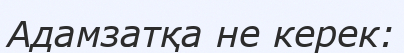
Адамзатқа не керек: